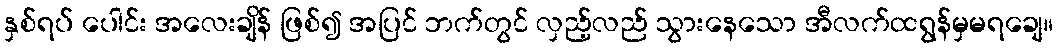
နှစ်ရပ် ပေါင်း အလေးချိန် ဖြစ်၍ အပြင် ဘက်တွင် လှည့်လည် သွားနေသော အီလက်ထရွန်မှမရချေ။